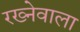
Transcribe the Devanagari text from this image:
रख्नेवाला